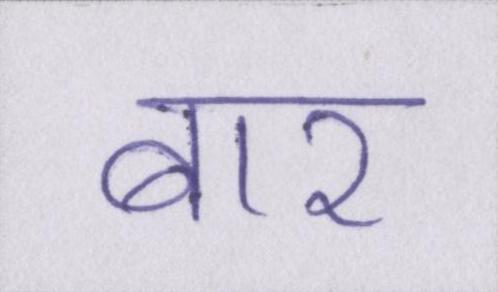
बार